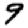
Digit: 9